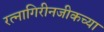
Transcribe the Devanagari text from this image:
रत्नागिरीनजीकच्या